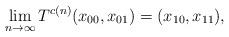
LaTeX: \begin{align*}\lim_{n\to\infty} T^{c(n)}(x_{00}, x_{01})=(x_{10}, x_{11}),\end{align*}